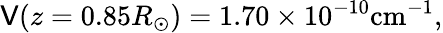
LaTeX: \mathsf{V}(z=0.85R_{\odot})=1.70\times10^{-10}\mathrm{{cm}}^{-1},